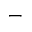
-